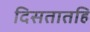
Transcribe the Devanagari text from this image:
दिसतातहि